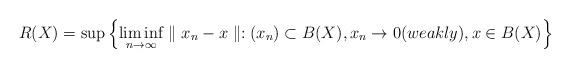
LaTeX: \begin{align*} R(X)=\sup\left\lbrace \liminf_{n \rightarrow \infty} \parallel x_{n}-x\parallel : (x_{n})\subset B(X), x_{n} \rightarrow 0(weakly), x \in B(X) \right\rbrace \end{align*}